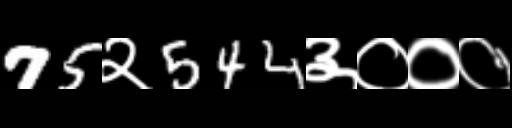
Text: 75२544३०००